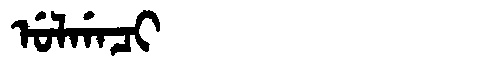
Manchu: ᡠᠯᡤᠠᠴᡳ
Romanization: ULGACI